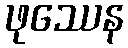
ဖုဿေန